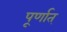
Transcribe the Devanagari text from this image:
पूर्णात्